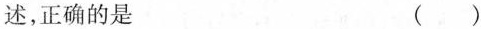
述，正确的是 ()